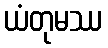
ယံတုမဿ